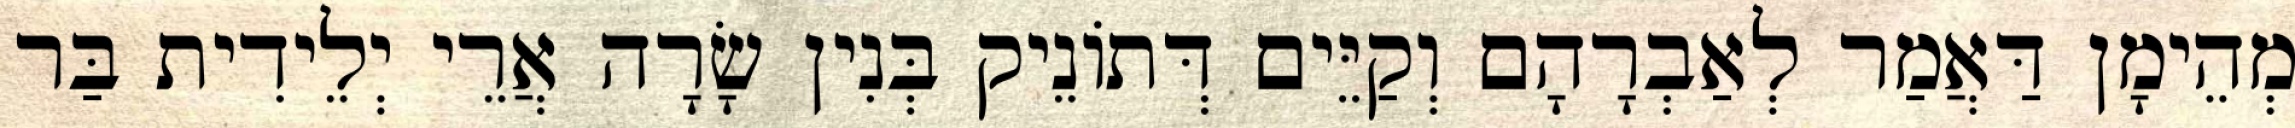
מְהֵימָן דַּאֲמַר לְאַבְרָהָם וְקַיֵּים דְּתוֹנֵיק בְּנִין שָׂרָה אֲרֵי יְלֵידִית בַּר